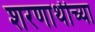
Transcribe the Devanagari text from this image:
शरणार्थीच्या